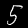
Digit: 5